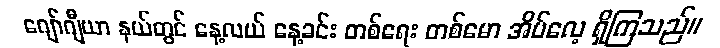
ဂျော်ဂျီယာ နယ်တွင် နေ့လယ် နေ့ခင်း တစ်ရေး တစ်မော အိပ်လေ့ ရှိကြသည်။